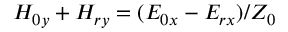
H _ { 0 y } + H _ { r y } = ( E _ { 0 x } - E _ { r x } ) / Z _ { 0 }